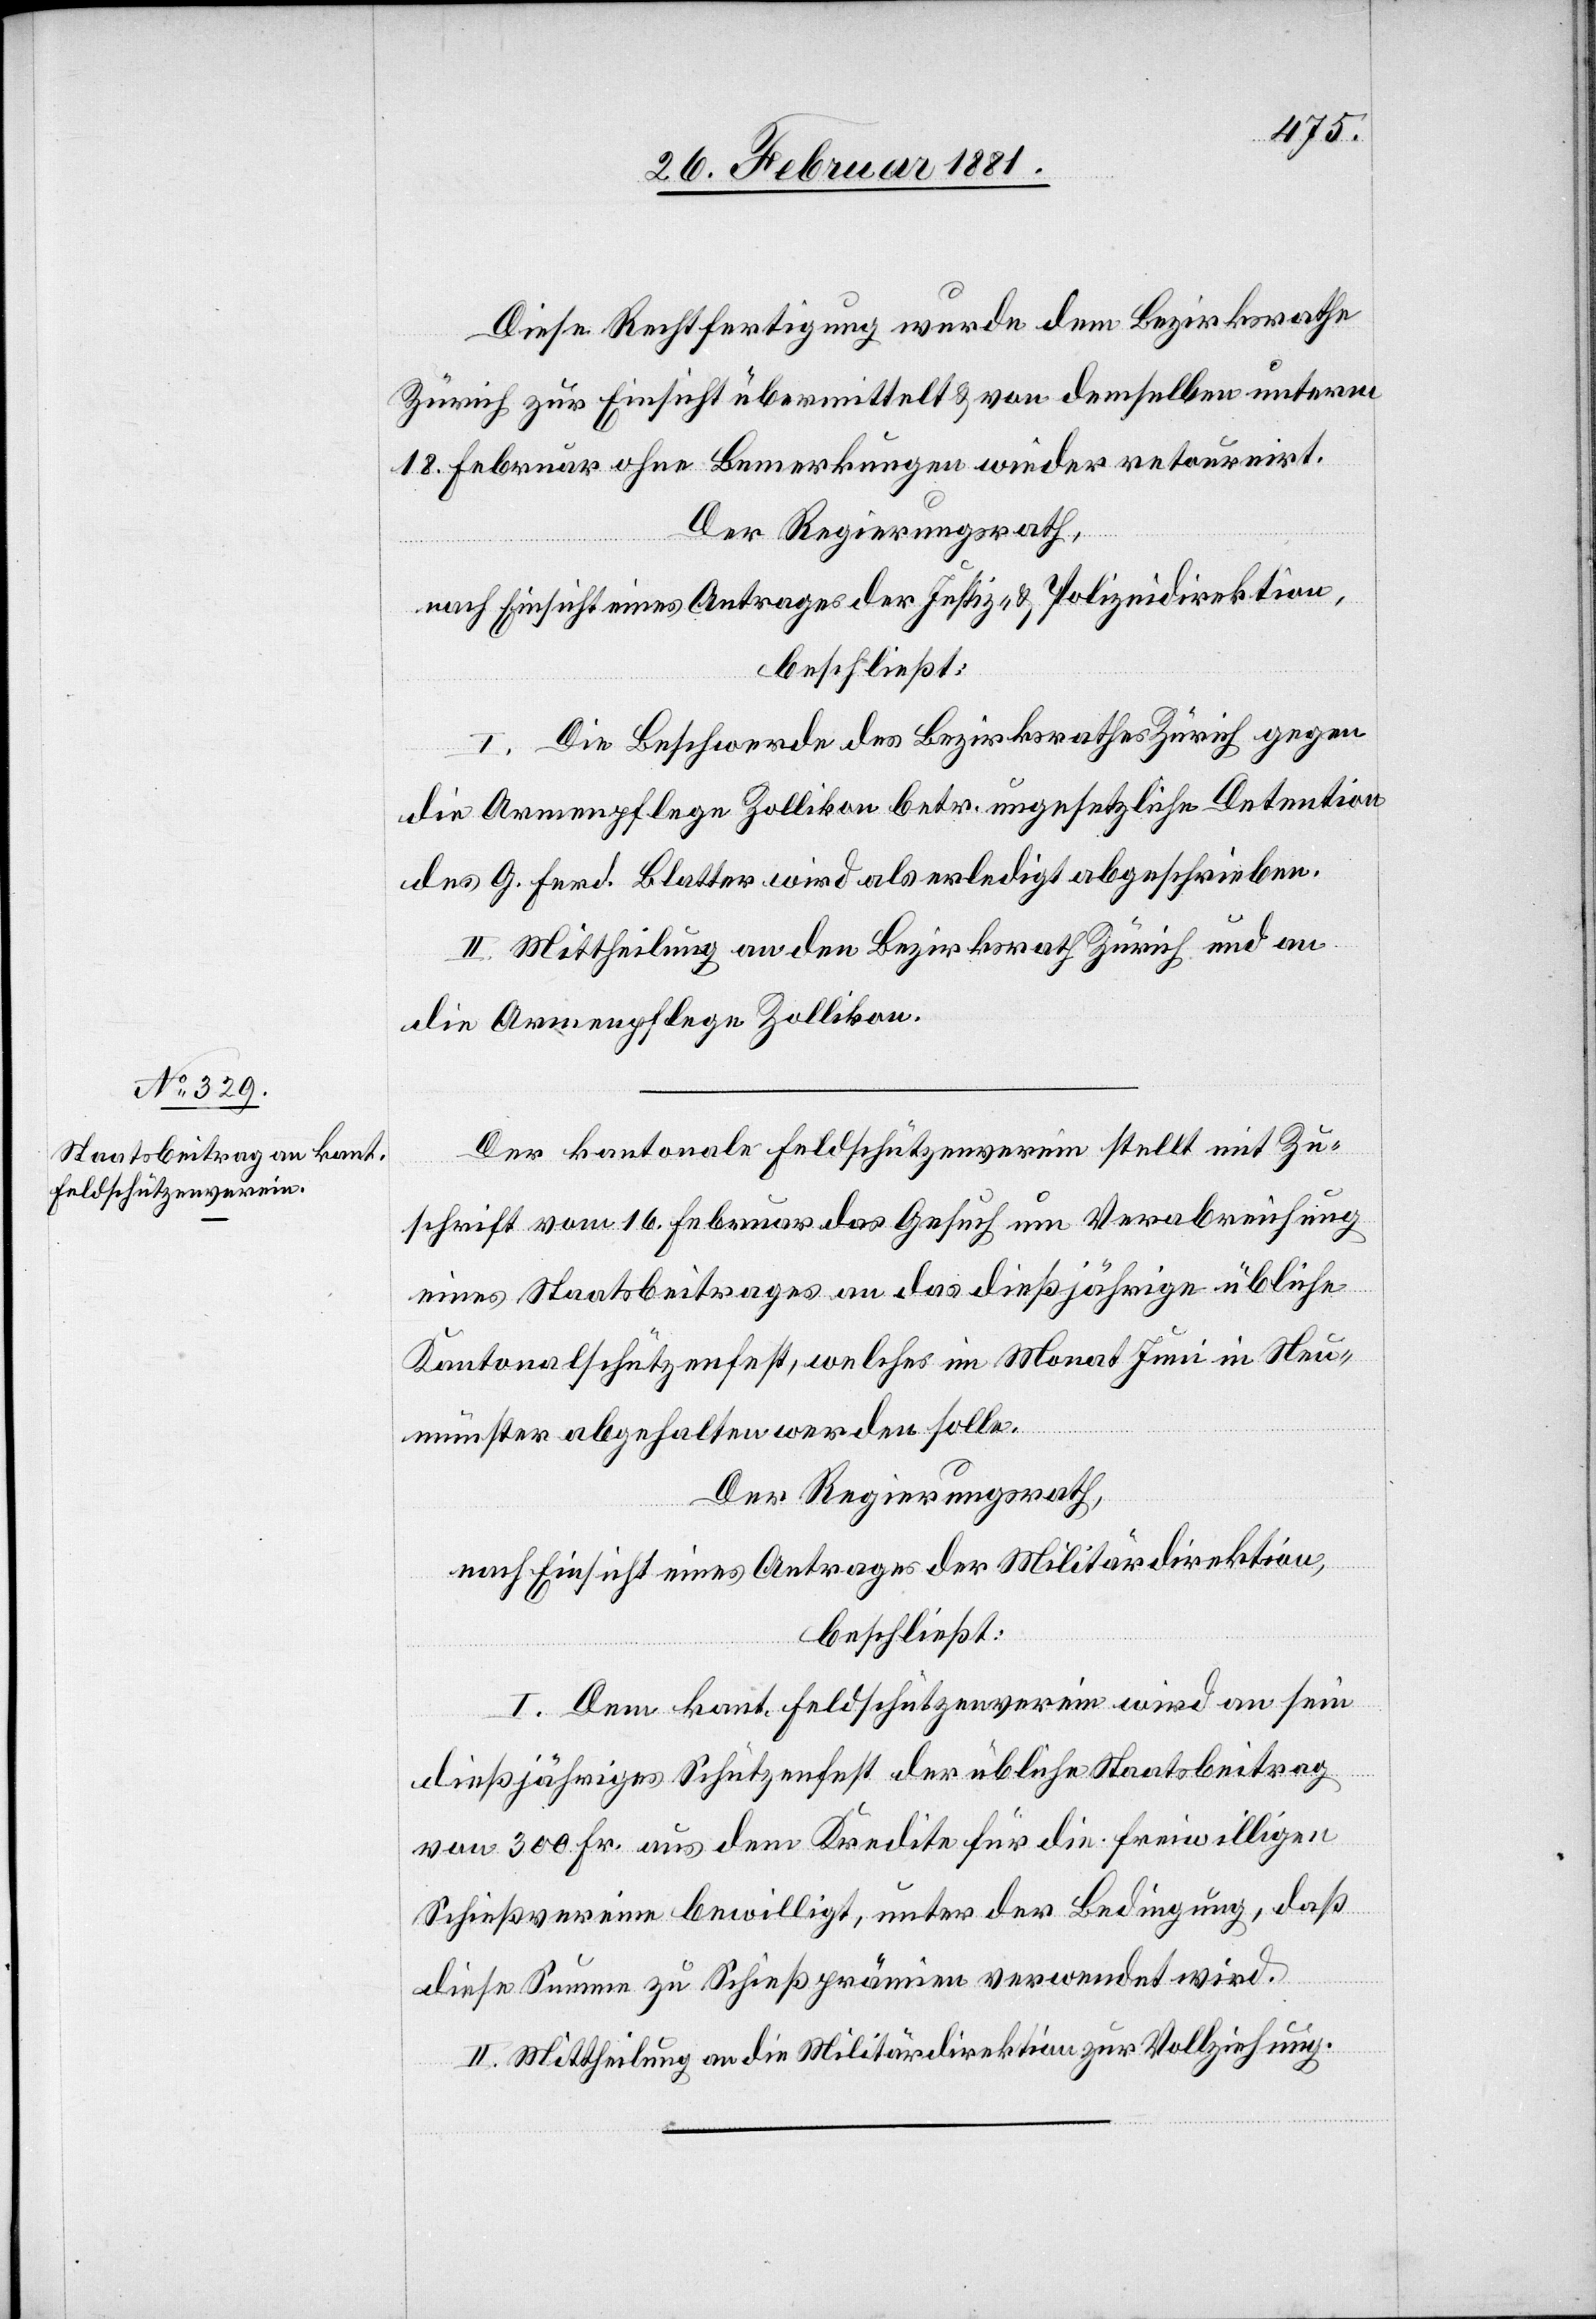
Diese Rechtfertigung wurde dem Bezirksrathe
Zürich zur Einsicht übermittelt & von demselben unterm
18. Februar ohne Bemerkung wieder retournirt.
Der Regierungsrath,
nach Einsicht eines Antrages der Justiz- & Polizeidirektion,
beschließt:
I. Die Beschwerde des Bezirksrathes Zürich gegen
die Armenpflege Zollikon betr. ungesetzliche Detention
des G. Ferd. Blatter wird als erledigt abgeschrieben.
II. Mittheilung an den Bezirksrath Zürich und an
die Armenpflege Zollikon.
Der kantonale Feldschützenverein stellt mit Zu¬
schrift vom 16. Februar das Gesuch um Verabreichung
eines Staatsbeitrages an das dießjährige übliche
Kantonalschützenfest, welches im Monat Juni in Neu¬
münster abgehalten werden sollte.
Der Regierungsrath,
nach Einsicht eines Antrages der Militärdirektion,
beschließt:
I. Dem kant. Feldschützenverein wird an sein
dießjähriges Schützenfest der übliche Staatsbeitrag
von 300 Fr. aus dem Kredite für die freiwilligen
Schießvereine bewilligt, unter der Bedingung, daß
diese Summe zu Schießübungen verwendet wird.
II. Mittheilung an die Militärdirektion zur Vollziehung.